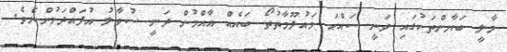
މާލީ ބަޔާންތަކުގައި ވަނީ ސައްޙަ މައުލޫމާތުތޯ ބައެއް އާއްމުން ދަނީ ސުވާލު އުފައްދަމުންނެވެ.